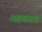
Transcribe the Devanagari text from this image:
अख़बारात